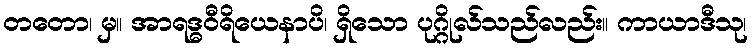
တတော၊ မှ။ အာရဒ္ဓဝီရိယေနာပိ၊ ရှိသော ပုဂ္ဂိုလ်သည်လည်း။ ကာယာဒီသု၊